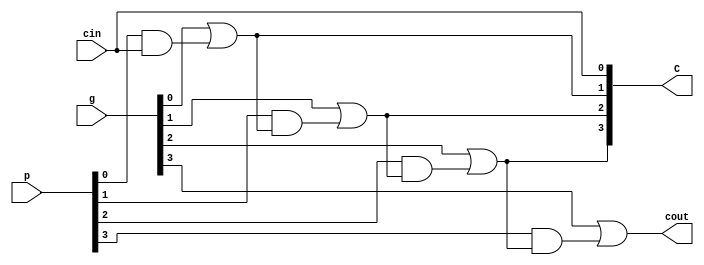
`timescale 1ns / 1ps
//////////////////////////////////////////////////////////////////////////////////
// Company: 
// Engineer: 
// 
// Design Name: 
// Module Name: CLA_gen
// Project Name: 
// Target Devices: 
// Tool Versions: 
// Description: 
// 
// Dependencies: 
// 
// Revision:
// Revision 0.01 - File Created
// Additional Comments:
// 
//////////////////////////////////////////////////////////////////////////////////


module CLA_gen(input [3:0] p, g, input cin, output [3:0] C, output cout);

assign C[0] = cin;
assign C[1] = g[0] | p[0] & cin;
assign C[2] = g[1] | p[1] & (g[0] | p[0] & cin);
assign C[3] = g[2] | p[2] & (g[1] | p[1] & (g[0] | p[0] & cin));
assign cout = g[3] | p[3] & (g[2] | p[2] & (g[1] | p[1] & (g[0] | p[0] & cin)));

endmodule